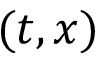
( t , x )